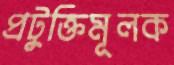
প্রটুক্তিমূলক